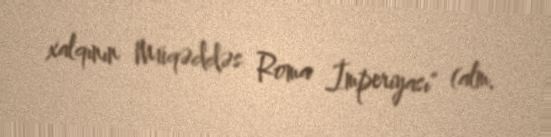
xalqının Müqəddəs Roma İmperiyası" (alm.